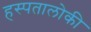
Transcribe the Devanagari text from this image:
हस्पतालोकी